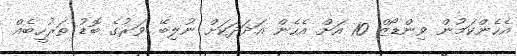
އެހެންކަމުން ވިންޑޯޒް 10 އަށް އެހެން އަދަދަކަށް ނުލިބޭ ވަރުގެ ބޮޑު ތަރުހީބެއް